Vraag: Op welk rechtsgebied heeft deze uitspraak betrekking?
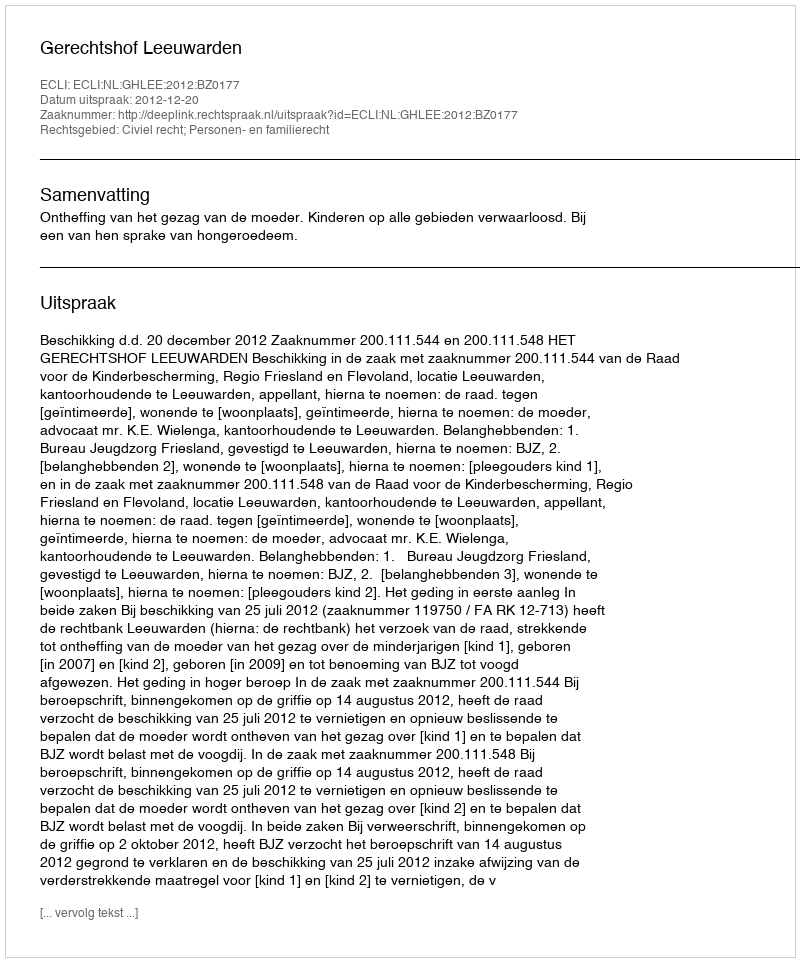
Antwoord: Civiel recht; Personen- en familierecht